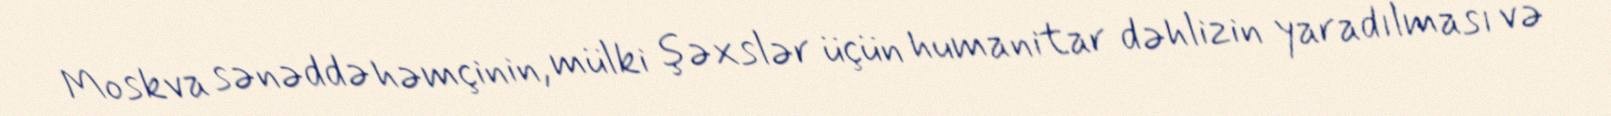
Moskva sənəddə həmçinin, mülki şəxslər üçün humanitar dəhlizin yaradılması və